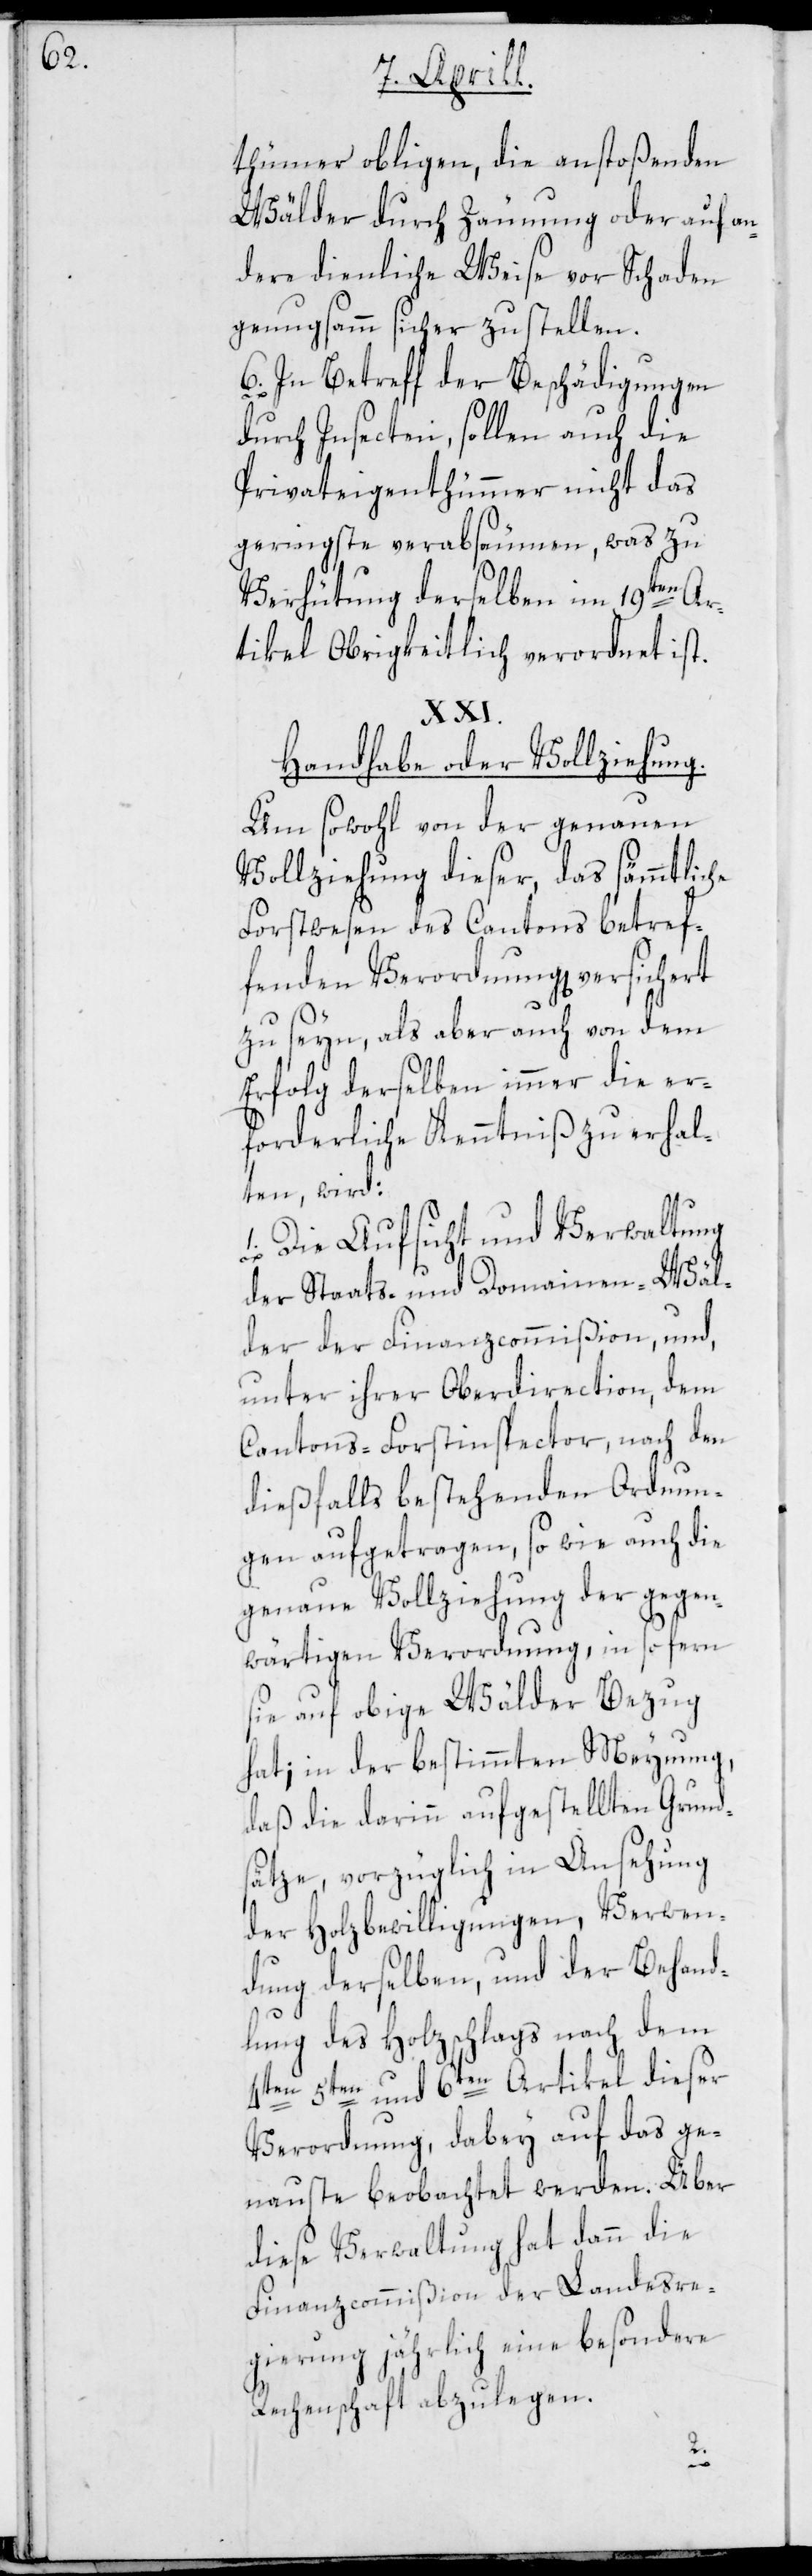
thümer obligen, die anstoßenden
Wälder durch Zäunung oder auf an¬
dere dienliche Weise vor Schaden
genugsam sicher zu stellen.
6. In Betreff der Beschädigungen
durch Insecten, sollen auch die
Privateigenthümer nicht das
geringste verabsäumen, was zu
Verhütung derselben im 19ten Ar¬
tikel Obrigkeitlich verordnet ist.
Handhabe oder Vollziehung.
Um sowohl von der genauen
Vollziehung dieser, das sämmtliche
Forstwesen des Cantons betref¬
fenden Verordnung[en] versichert
zu seyn, als aber auch von dem
Erfolg derselben immer die er¬
forderliche Kenntniß zu erhal¬
ten, wird:
1. Die Aufsicht und Verwaltung
der Staats- und Domainen-Wäl¬
der der Finanzcommißion, und,
unter ihrer Oberdirection, dem
Cantons-Forstinspector, nach den
dießfalls bestehenden Ordnun¬
gen aufgetragen, so wie auch die
genaue Vollziehung der gegen¬
wärtigen Verordnung, in so fern
sie auf obige Wälder Bezug
hat; in der bestimmten Meynung,
daß die darinn aufgestellten Grund¬
sätze, vorzüglich in Ansehung
der Holzbewilligungen, Verwen¬
dung derselben, und der Behand¬
lung des Holzschlags nach dem
5ten und 6ten Artikel dieser
Verordnung, dabey auf das ge¬
nauste beobachtet werden. Über
diese Verwaltung hat dann die
Finanzcommißion der Landesre¬
gierung jährlich eine besondere
Rechenschaft abzulegen.